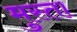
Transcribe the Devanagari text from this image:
मुस्ता